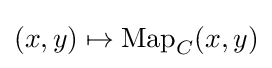
(x,y)\mapsto \operatorname {Map} _{C}(x,y)